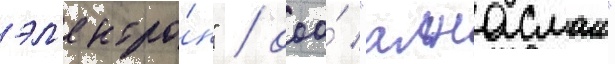
эл'ектро́н" / ооо́ "алнасмаш"